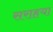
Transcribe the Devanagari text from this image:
सराहया